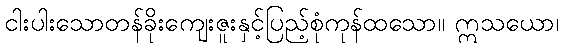
ငါးပါးသောတန်ခိုးကျေးဇူးနှင့်ပြည့်စုံကုန်ထသော။ ဣသယော၊